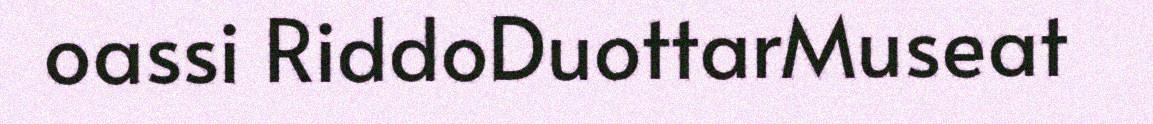
oassi RiddoDuottarMuseat